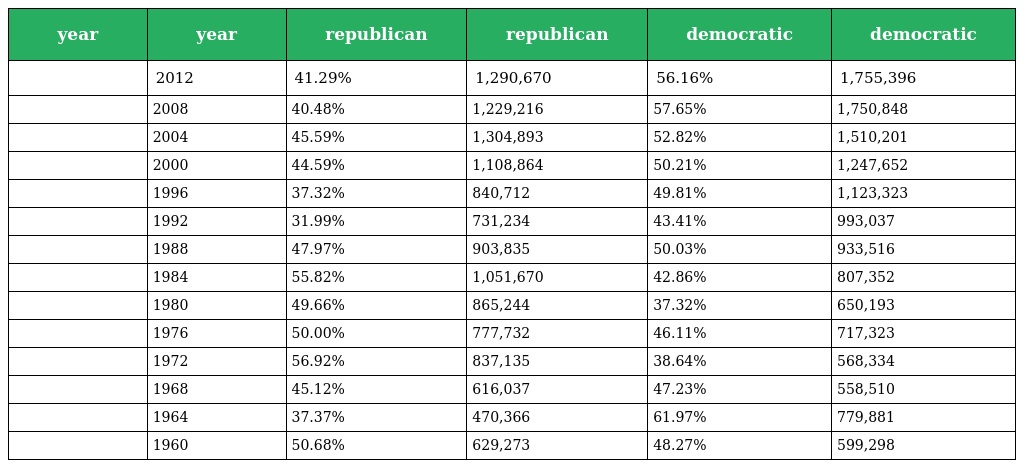
| year | year | republican | republican | democratic | democratic |
 | --- | --- | --- | --- | --- | --- |
 |  | 2012 | 41.29% | 1,290,670 | 56.16% | 1,755,396 |
 |  | 2008 | 40.48% | 1,229,216 | 57.65% | 1,750,848 |
 |  | 2004 | 45.59% | 1,304,893 | 52.82% | 1,510,201 |
 |  | 2000 | 44.59% | 1,108,864 | 50.21% | 1,247,652 |
 |  | 1996 | 37.32% | 840,712 | 49.81% | 1,123,323 |
 |  | 1992 | 31.99% | 731,234 | 43.41% | 993,037 |
 |  | 1988 | 47.97% | 903,835 | 50.03% | 933,516 |
 |  | 1984 | 55.82% | 1,051,670 | 42.86% | 807,352 |
 |  | 1980 | 49.66% | 865,244 | 37.32% | 650,193 |
 |  | 1976 | 50.00% | 777,732 | 46.11% | 717,323 |
 |  | 1972 | 56.92% | 837,135 | 38.64% | 568,334 |
 |  | 1968 | 45.12% | 616,037 | 47.23% | 558,510 |
 |  | 1964 | 37.37% | 470,366 | 61.97% | 779,881 |
 |  | 1960 | 50.68% | 629,273 | 48.27% | 599,298 |